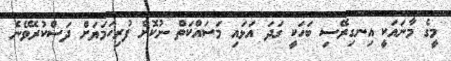
މީގެ މާނައަކީ އިނގިރޭސި ބަހަކީ ގަދަ އަޅައި މަސައްކަތް ނުކޮށް ފުރިހަމަޔަށް ދަސްކުރެވޭނެ